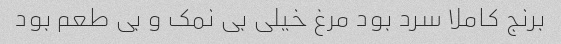
برنج کاملا سرد بود مرغ خیلی بی نمک و بی طعم بود